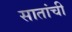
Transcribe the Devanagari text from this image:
सातांची